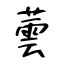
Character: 蕓